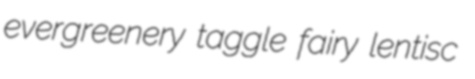
evergreenery taggle fairy lentisc